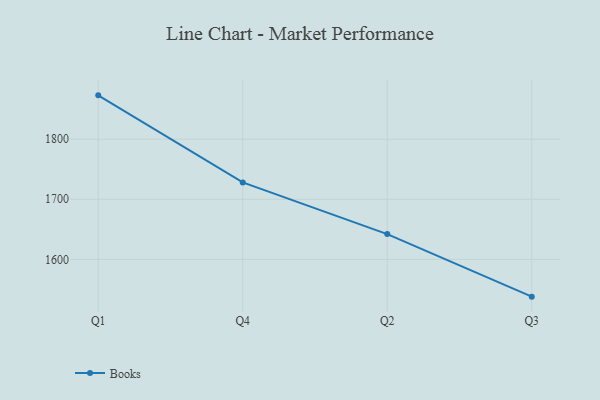
{"axis": {"x": "Quarter", "y": "Backlog"}, "legend": ["Books"], "data": [{"x": "Q1", "y": 1872.8, "type": "Books"}, {"x": "Q4", "y": 1728.1, "type": "Books"}, {"x": "Q2", "y": 1642.1, "type": "Books"}, {"x": "Q3", "y": 1538.1, "type": "Books"}]}